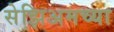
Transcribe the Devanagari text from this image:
सेझिअमच्या